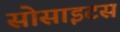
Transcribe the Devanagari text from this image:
सोसाइटस